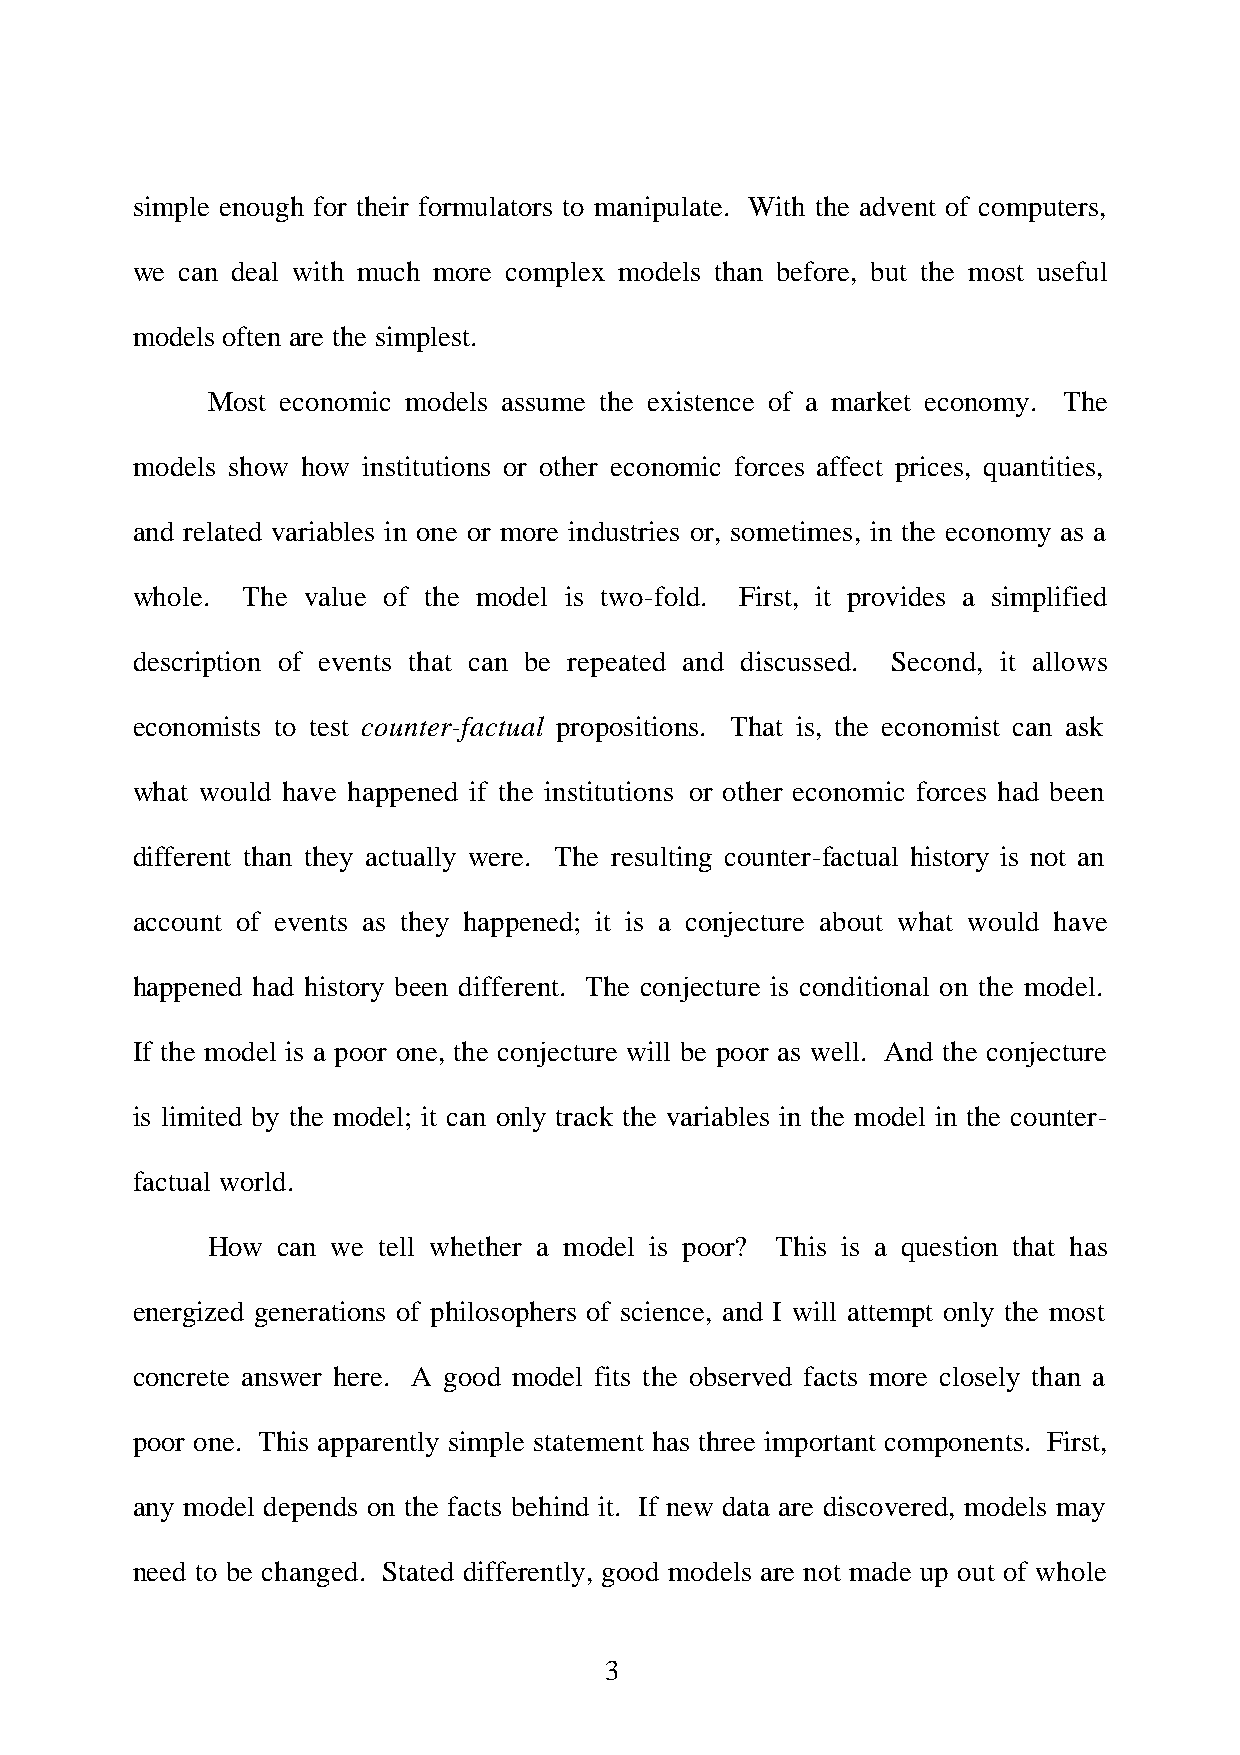
simple enough for their formulators to manipulate. With the advent of computers,
 we can deal with much more complex models than before, but the most useful
 models often are the simplest.
 Most economic models assume the existence of a market economy. The
 models show how institutions or other economic forces affect prices, quantities,
 and related variables in one or more industries or, sometimes, in the economy as a
 whole. The value of the model is two-fold. First, it provides a simplified
 description of events that can be repeated and discussed. Second, it allows
 economists to test counter-factual propositions. That is, the economist can ask
 what would have happened if the institutions or other economic forces had been
 different than they actually were. The resulting counter-factual history is not an
 account of events as they happened; it is a conjecture about what would have
 happened had history been different. The conjecture is conditional on the model.
 If the model is a poor one, the conjecture will be poor as well. And the conjecture
 is limited by the model; it can only track the variables in the model in the counter-
 factual world.
 How can we tell whether a model is poor? This is a question that has
 energized generations of philosophers of science, and I will attempt only the most
 concrete answer here. A good model fits the observed facts more closely than a
 poor one. This apparently simple statement has three important components. First,
 any model depends on the facts behind it. If new data are discovered, models may
 need to be changed. Stated differently, good models are not made up out of whole
 3